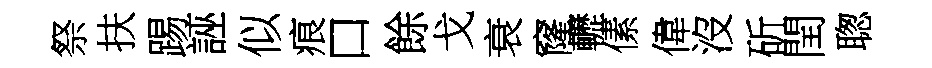
祭扶踢誣似痕口餘戈衰窿轣傃偉沒斫閏聦